Report on vaccination in Madras 1904-1921 - 1904-1921
Year: 1904
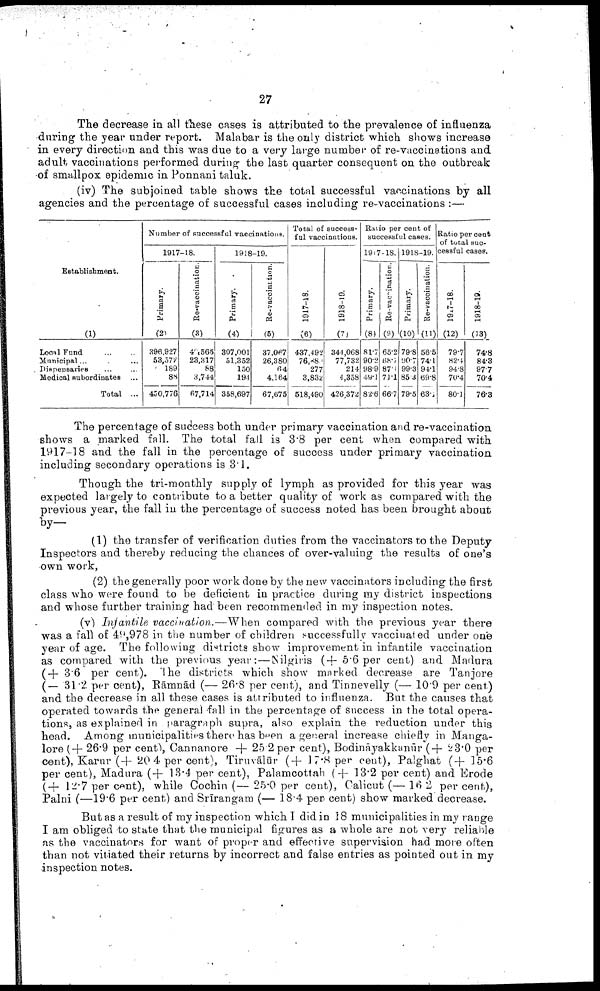
27
The decrease in all these cases is attributed to the prevalence of influenza
during the year under report. Malabar is the only district which shows increase
in every direction and this was due to a very large number of re-vaccinations and
adult vaccinations performed during the last quarter consequent on the outbreak
of smallpox epidemic in Ponnani taluk.
(iv) The subjoined table shows the total successful vaccinations by all
agencies and the percentage of successful cases including re-vaccinations :—
Establishment.
(1)
Local Fund... ...
Municipal... ...
Dispensaries... ...
Medical subordinates ...
Total ...
Number of successful vaccinations.
1917-18.
Primary.
(2)
396,927
53,372
189
88
450,776
Re-vaccination.
(3)
40,565
23,317
88
3,744
67,714
1918-19.
Primary.
(4)
307,001
51,352
150
194
358,697
Re-vaccination.
(5)
37,067
26,380
64
4,164
67,675
Total of success
ful vaccinations.
1917-18.
(6)
437,492
76,880
277
3,832
518,490
1918-19.
(7)
344,068
77,732
214
4,358
426,372
Ratio per cent of
successful cases.
1917-18.
Primary.
(8)
81.7
90.2
98.9
49.1
82.6
Re-vaccination.
(9)
65.2
68.7
87.1
71.1
66.7
1918-19.
Primary.
(10)
79.8
90.7
99.3
85.3
79.5
Re-vaccination.
(11)
56.5
74.1
94.1
69.8
63.1
Ratio per cent
of total suc-
cessful cases.
1917-18.
(12)
79.7
82.4
94.8
70.4
80.1
1918-19.
(13)
74.8
84.3
97.7
70.4
76.3
The percentage of success both under primary vaccination and re-vaccination
shows a marked fall. The total fall is 3.8 per cent when compared with
1917-18 and the fall in the percentage of success under primary vaccination
including secondary operations is 3.1.
Though the tri-monthly supply of lymph as provided for this year was
expected largely to contribute to a better quality of work as compared with the
previous year, the fall in the percentage of success noted has been brought about
by—
(1) the transfer of verification duties from the vaccinators to the Deputy
Inspectors and thereby reducing the chances of over-valuing the results of one's
own work,
(2) the generally poor work done by the new vaccinators including the first
class who were found to be deficient in practice during my district inspections
and whose further training had been recommended in my inspection notes.
(v) Infantile vaccination.—When compared with the previous year there
was a fall of 49,978 in the number of children successfully vaccinated under one
year of age. The following districts show improvement in infantile vaccination
as compared with the previous year:—Nilgiris (+ 5.6 per cent) and Madura
(+ 3.6 per cent). The districts which show marked decrease are Tanjore
(— 31.2 per cent), Rāmnād (— 26.8 per cent), and Tinnevelly (— 10.9 per cent)
and the decrease in all these cases is attributed to influenza. But the causes that
operated towards the general fall in the percentage of success in the total opera
tions, as explained in paragraph supra, also explain the reduction under this
head. Among municipalities there has been a general increase chiefly in Manga-
lore (+ 26.9 per cent),Cannanore + 25.2 per cent), Bodināyakkanūr (+ 23.0 per
cent), Karur (+ 20.4 per cent), Tiruvālūr (+ 17.8 per cent), Palghat (+ 15.6
per cent), Madura (+ 13.4 per cent), Palamcottah (+ 13.2 per cent) and Erode
(+ 12.7 per cent), while Cochin (— 25.0 per cent), Calicut (— 16.2 per cent),
Palni (—19.6 per cent) and Srīrangam (— 18.4 per cent) show marked decrease.
But as a result of my inspection which I did in 18 municipalities in my range
I am obliged to state that the municipal figures as a whole are not very reliable
as the vaccinators for want of proper and effective supervision had more often
than not vitiated their returns by incorrect and false entries as pointed out in my
inspection notes.